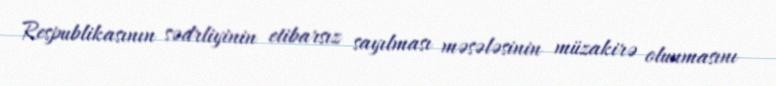
Respublikasının sədrliyinin etibarsız sayılması məsələsinin müzakirə olunmasını